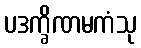
ပဒက္ခိဏမကံသု